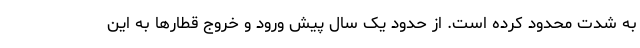
به شدت محدود کرده است. از حدود یک سال پیش ورود و خروج قطارها به این